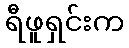
ရီဖူရှင်းက